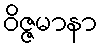
ဝိဇ္ဇမာနာ